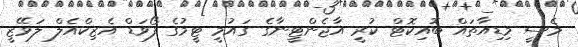
މެސީ މިޑިއާތައް ބޮއިކޮޓް ކުރީ އާޖެންޓީނާގެ ގައުމީ ޓީމުގެ ފޯވަޑް އެޒިކްއެލް ލަވޭޒީ